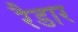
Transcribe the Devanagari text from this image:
रैडार